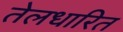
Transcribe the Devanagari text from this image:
तेलधारित